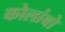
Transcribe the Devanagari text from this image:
कोलांबो